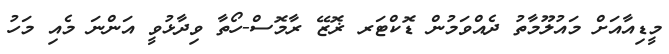
މީޑިއާއަށް މައުލޫމާތު ދެއްވަމުން ޑޮކްޓަރ ޜޮޒޭ ރާމޮސް-ހޯތާ ވިދާޅުވީ އަންނަ މެއި މަހު